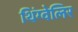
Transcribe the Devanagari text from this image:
थिंग्वेलिर